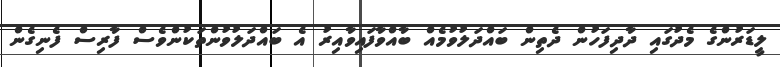
ލީޑަރުންގެ މެދުގައި ދާދިފަހުން ދެތިން ބައްދަލުވުމެއް ބާއްވާފައިވާއިރު އެ ބައްދަލުވުންތަކުންވެސް ފާރިސް ފެނިގެން